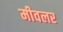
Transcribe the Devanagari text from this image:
मीवलर